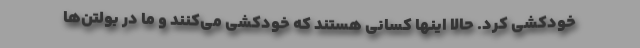
خودکشی کرد. حالا اینها کسانی هستند که خودکشی می‌کنند و ما در بولتن‌ها